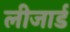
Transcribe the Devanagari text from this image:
लीजार्ड